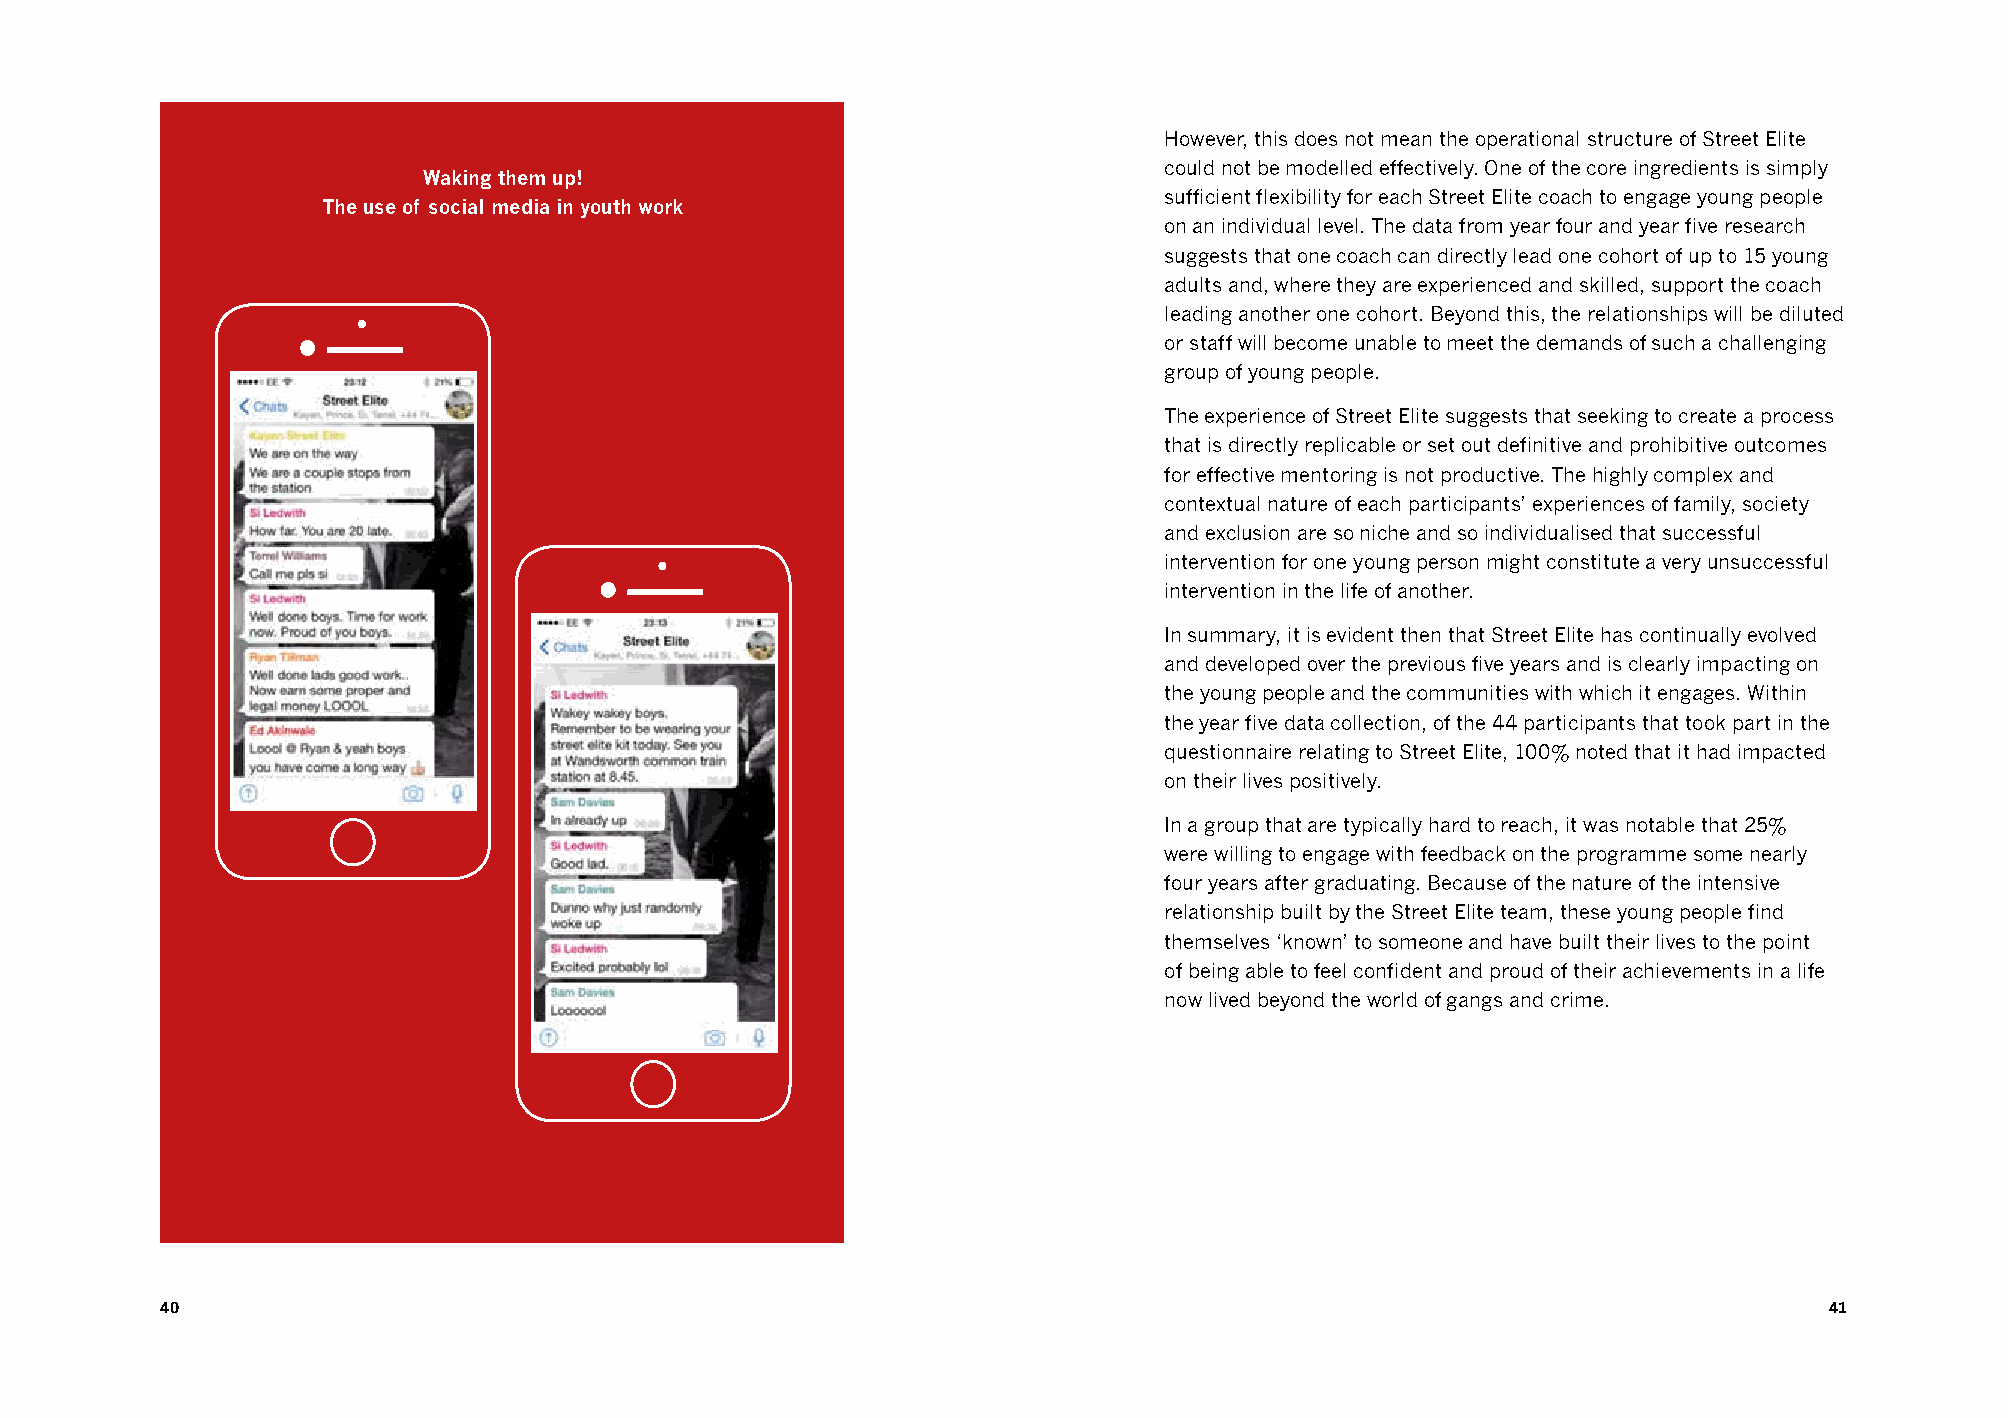
However, this does not mean the operational structure of Street Elite
 could not be modelled effectively. One of the core ingredients is simply
 Waking them up!
 sufficient flexibility for each Street Elite coach to engage young people
 The use of social media in youth work
 on an individual level. The data from year four and year five research
 suggests that one coach can directly lead one cohort of up to 15 young
 adults and, where they are experienced and skilled, support the coach
 leading another one cohort. Beyond this, the relationships will be diluted
 or staff will become unable to meet the demands of such a challenging
 group of young people.
 The experience of Street Elite suggests that seeking to create a process
 that is directly replicable or set out definitive and prohibitive outcomes
 for effective mentoring is not productive. The highly complex and
 contextual nature of each participants’ experiences of family, society
 and exclusion are so niche and so individualised that successful
 intervention for one young person might constitute a very unsuccessful
 intervention in the life of another.
 In summary, it is evident then that Street Elite has continually evolved
 and developed over the previous five years and is clearly impacting on
 the young people and the communities with which it engages. Within
 the year five data collection, of the 44 participants that took part in the
 questionnaire relating to Street Elite, 100% noted that it had impacted
 on their lives positively.
 In a group that are typically hard to reach, it was notable that 25%
 were willing to engage with feedback on the programme some nearly
 four years after graduating. Because of the nature of the intensive
 relationship built by the Street Elite team, these young people find
 themselves ‘known’ to someone and have built their lives to the point
 of being able to feel confident and proud of their achievements in a life
 now lived beyond the world of gangs and crime.
 40                                                                                                            41